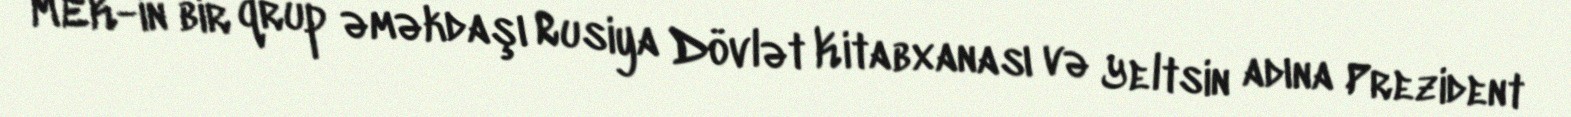
MEK-in bir qrup əməkdaşı Rusiya Dövlət Kitabxanası və Yeltsin adına Prezident